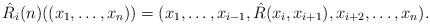
LaTeX: \begin{align*}\hat{R}_{i} (n) ( (x_{1}, \ldots , x_{n})) = (x_{1}, \ldots , x_{i-1}, \hat{R} (x_{i}, x_{i+1}) , x_{i+2} , \ldots , x_{n} ).\end{align*}